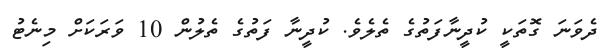
ދެވަނަ ގޮތަކީ ކުދީނާފަތުގެ ތެލެވެ. ކުދީނާ ފަތުގެ ތެލުން 10 ވަރަކަށް މިނެޓު